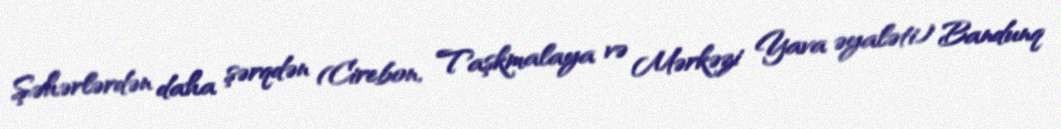
Şəhərlərdən daha şərqdən (Cirebon, Taşkmalaya və Mərkəzi Yava əyaləti) Bandunq